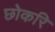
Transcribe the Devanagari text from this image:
छोकरि